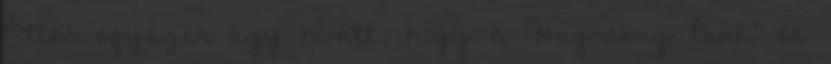
Potter egyszer úgy hívott, hogy a "Hugrabug Punk" és